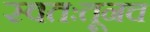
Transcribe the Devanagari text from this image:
स्वतःतूनच